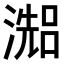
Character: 𤀗